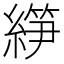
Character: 𰫰